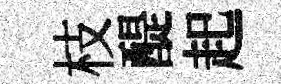
枝醍起